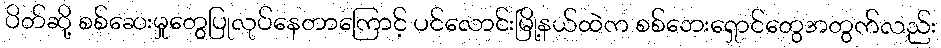
ပိတ်ဆို့ စစ်ဆေးမှုတွေပြုလုပ်နေတာကြောင့် ပင်လောင်းမြို့နယ်ထဲက စစ်ဘေးရှောင်တွေအတွက်လည်း